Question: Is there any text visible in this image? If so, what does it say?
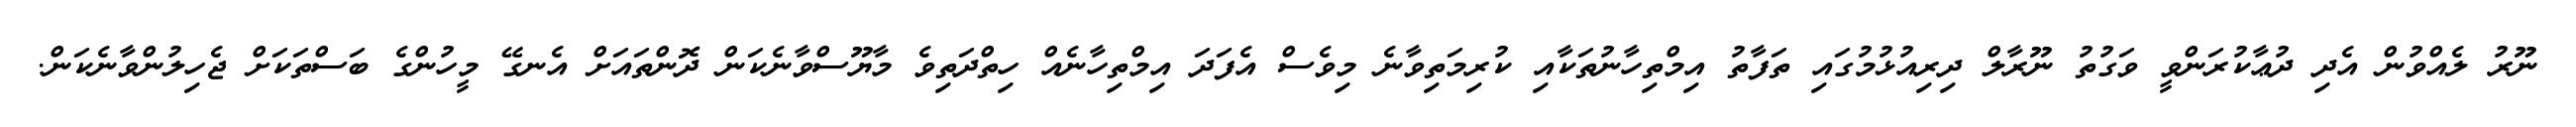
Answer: ނޫރު ލެއްވުން އެދި ދުޢާކުރަންވީ ވަގުތު ނޫރާލް ދިރިއުޅުމުގައި ތަފާތު އިމްތިހާނުތަކާއި ކުރިމަތިވާނެ މިވެސް އެފަދަ އިމްތިހާނެއް ހިތްދަތިވެ މާޔޫސްވާނެކަން ދޮންތައަށް އެނގޭ މީހުންގެ ބަސްތަކަށް ޖެހިލުންވާނެކަން.